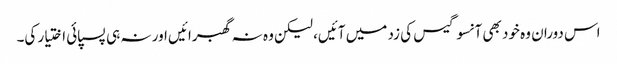
اس دوران وہ خود بھی آنسو گیس کی زد میں آئیں، لیکن وہ نہ گھبرائیں اور نہ ہی پسپائی اختیار کی۔